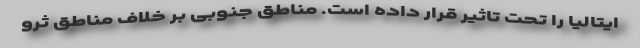
ایتالیا را تحت تاثیر قرار داده است. مناطق جنوبی بر خلاف مناطق ثرو